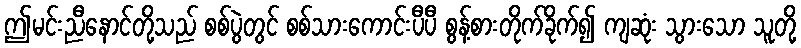
ဤမင်းညီနောင်တို့သည် စစ်ပွဲတွင် စစ်သားကောင်းပီပီ စွန့်စားတိုက်ခိုက်၍ ကျဆုံး သွားသော သူတို့